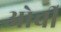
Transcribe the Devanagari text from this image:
ओर्ची